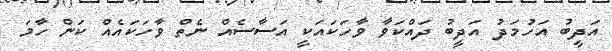
އަދީބު އަހުމަދު އަދީބު ދައްކަވާ ވާހަކައަކީ އަސާސެއް ނެތް ވާހަކައެއް ކަން ހާމަ